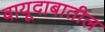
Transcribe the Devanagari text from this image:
वायूदाबातील